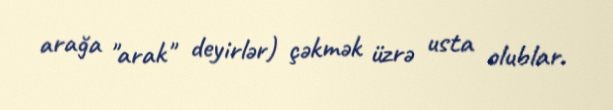
arağa "arak" deyirlər) çəkmək üzrə usta olublar.